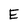
Character: E